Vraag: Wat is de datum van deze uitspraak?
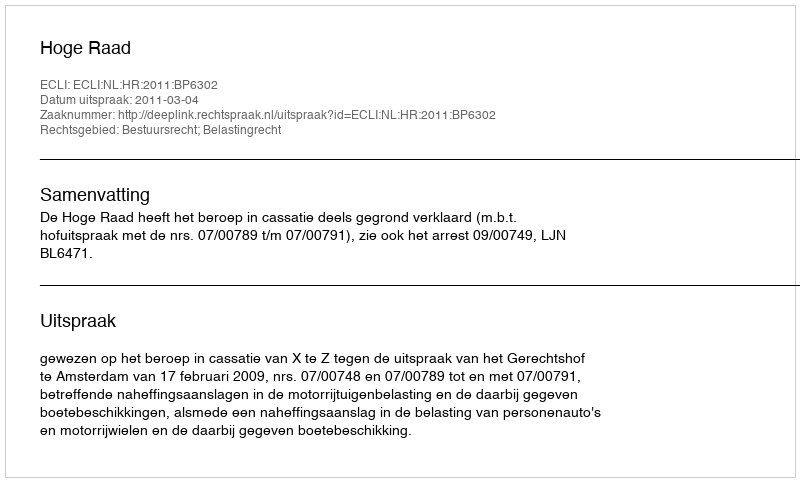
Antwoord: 2011-03-04